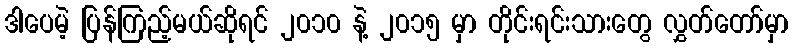
ဒါပေမဲ့ ပြန်ကြည့်မယ်ဆိုရင် ၂၀၁၀ နဲ့ ၂၀၁၅ မှာ တိုင်းရင်းသားတွေ လွှတ်တော်မှာ